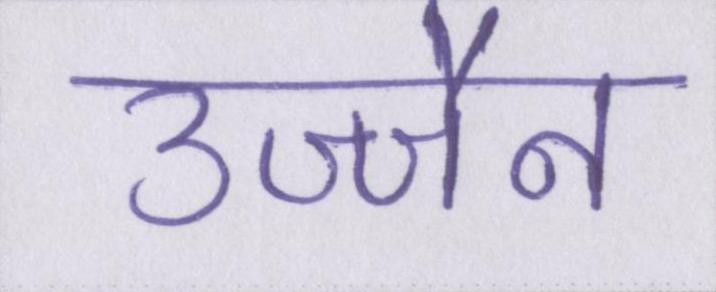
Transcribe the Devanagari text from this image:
उज्जैन